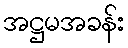
အဋ္ဌမအခန်း